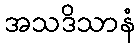
အသဒိသာနံ